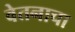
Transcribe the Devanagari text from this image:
वेतनाचा